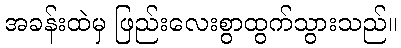
အခန်းထဲမှ ဖြည်းလေးစွာထွက်သွားသည်။